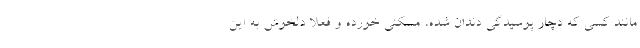
مانند کسی که دچار پوسیدگی دندان شده، مسکنی خورده و فعلا دلخوش به این